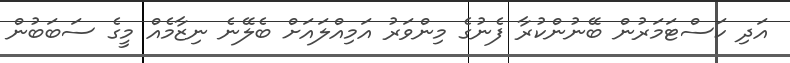
އަދި ކަސްޓަމަރުން ބޭނުންކުރާ ފެނުގެ މިންވަރު އަމިއްލައަށް ބެލޭނެ ނިޒާމެއް މީގެ ސަބަބުން